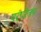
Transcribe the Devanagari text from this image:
परंपरेतच